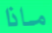
ماذا